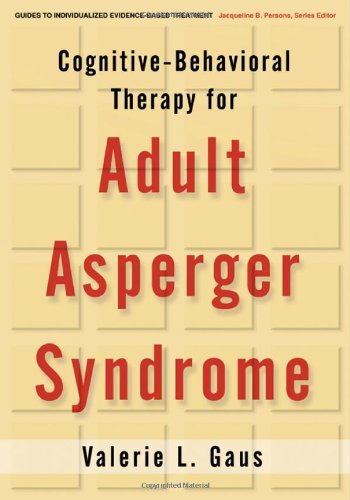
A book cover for Cognitive-Behavioral Therapy for Adult Asperger Syndrome (Guides to Indivdualized Evidence Based Treatment Series); Valerie L. Gaus PhD; Health, Fitness & Dieting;